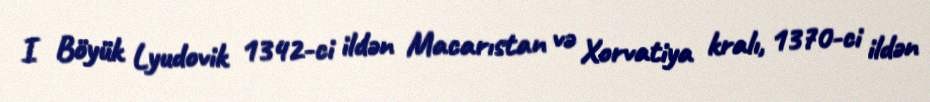
I Böyük Lyudovik 1342-ci ildən Macarıstan və Xorvatiya kralı, 1370-ci ildən